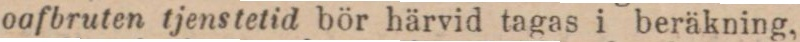
oafbruten tjenstetid bör härvid tagas i beräkning,